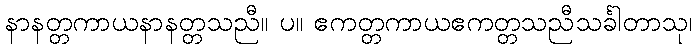
နာနတ္တကာယနာနတ္တသညီ။ ပ။ ဧကတ္တကာယဧကတ္တသညီသင်္ခါတာသု၊